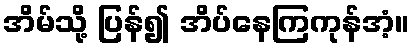
အိမ်သို့ ပြန်၍ အိပ်နေကြကုန်အံ့။